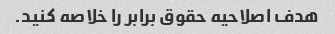
هدف اصلاحیه حقوق برابر را خلاصه کنید.